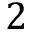
2